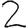
Digit: 2